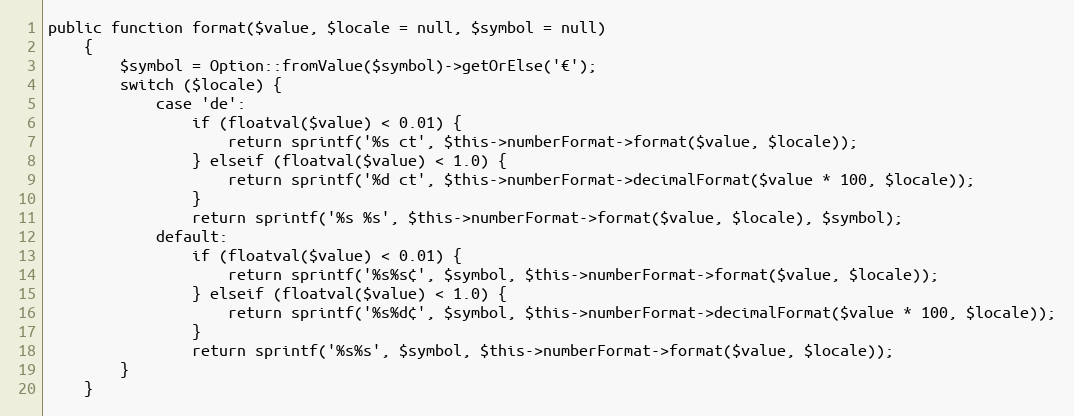
Language: PHP
public function format($value, $locale = null, $symbol = null)
    {
        $symbol = Option::fromValue($symbol)->getOrElse('€');
        switch ($locale) {
            case 'de':
                if (floatval($value) < 0.01) {
                    return sprintf('%s ct', $this->numberFormat->format($value, $locale));
                } elseif (floatval($value) < 1.0) {
                    return sprintf('%d ct', $this->numberFormat->decimalFormat($value * 100, $locale));
                }
                return sprintf('%s %s', $this->numberFormat->format($value, $locale), $symbol);
            default:
                if (floatval($value) < 0.01) {
                    return sprintf('%s%s¢', $symbol, $this->numberFormat->format($value, $locale));
                } elseif (floatval($value) < 1.0) {
                    return sprintf('%s%d¢', $symbol, $this->numberFormat->decimalFormat($value * 100, $locale));
                }
                return sprintf('%s%s', $symbol, $this->numberFormat->format($value, $locale));
        }
    }